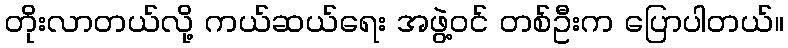
တိုးလာတယ်လို့ ကယ်ဆယ်ရေး အဖွဲ့ဝင် တစ်ဦးက ပြောပါတယ်။